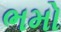
ભમો